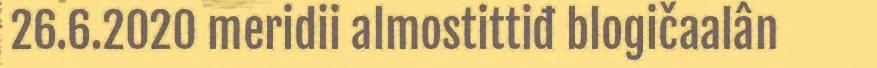
26.6.2020 meridii almostittiđ blogičaalân